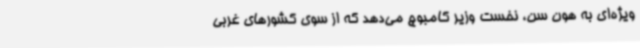
ویژه‌ای به هون سن، نخست وزیر کامبوج می‌دهد که از سوی کشورهای غربی